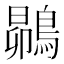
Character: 𮭅